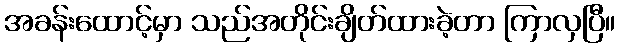
အခန်းထောင့်မှာ သည်အတိုင်းချိတ်ထားခဲ့တာ ကြာလှပြီ။